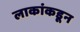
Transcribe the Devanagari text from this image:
लाकांकडून